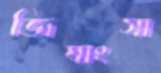
জিঘাংসা